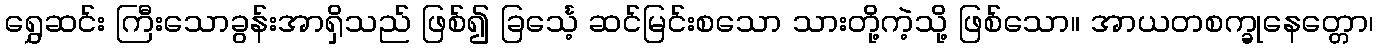
ရွှေဆင်း ကြီးသောခွန်းအာရှိသည် ဖြစ်၍ ခြင်္သေ့ ဆင်မြင်းစသော သားတို့ကဲ့သို့ ဖြစ်သော။ အာယတစက္ခုနေတ္တော၊